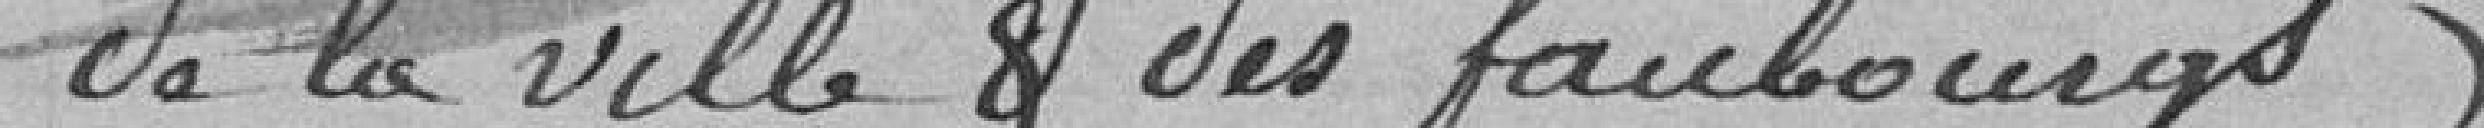
de la ville & des faubourgs)